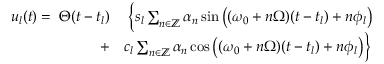
\begin{array} { r l } { u _ { l } ( t ) = \; \Theta ( t - t _ { l } ) } & { { } \; \Big \{ s _ { l } \sum _ { n \in \mathbb { Z } } \alpha _ { n } \sin \big ( ( \omega _ { 0 } + n \Omega ) ( t - t _ { l } ) + n \phi _ { l } \big ) } \\ { + } & { { } c _ { l } \sum _ { n \in \mathbb { Z } } \alpha _ { n } \cos \big ( ( \omega _ { 0 } + n \Omega ) ( t - t _ { l } ) + n \phi _ { l } \big ) \Big \} } \end{array}